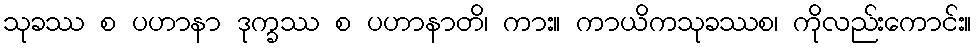
သုခဿ စ ပဟာနာ ဒုက္ခဿ စ ပဟာနာတိ၊ ကား။ ကာယိကသုခဿစ၊ ကိုလည်းကောင်း။